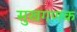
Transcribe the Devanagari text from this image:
सुखगणक